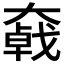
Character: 𡚄